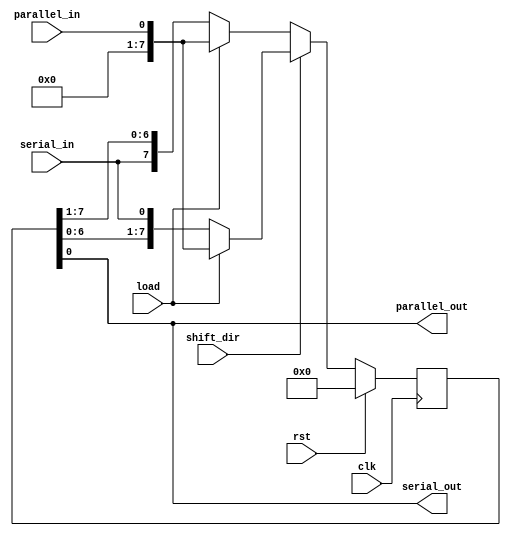
module universal_shift_register (
  input wire clk,
  input wire rst,
  input wire shift_dir, // 0 for right shift, 1 for left shift
  input wire load, // load data inputs into the shift register
  input wire serial_in, // input data serially
  output wire serial_out, // output data serially
  input wire parallel_in, // input data in parallel
  output wire parallel_out // output data in parallel
);

reg [7:0] data;
reg [7:0] next_data;

always @(posedge clk) begin
  if (rst) begin
    data <= 8'b00000000;
  end else if (shift_dir == 1) begin // left shift
    if (load) begin
      data <= parallel_in;
    end else begin
      data <= {data[6:0], serial_in};
    end
  end else begin // right shift
    if (load) begin
      data <= parallel_in;
    end else begin
      data <= {serial_in, data[7:1]};
    end
  end
end

assign parallel_out = data;
assign serial_out = data[0];

endmodule